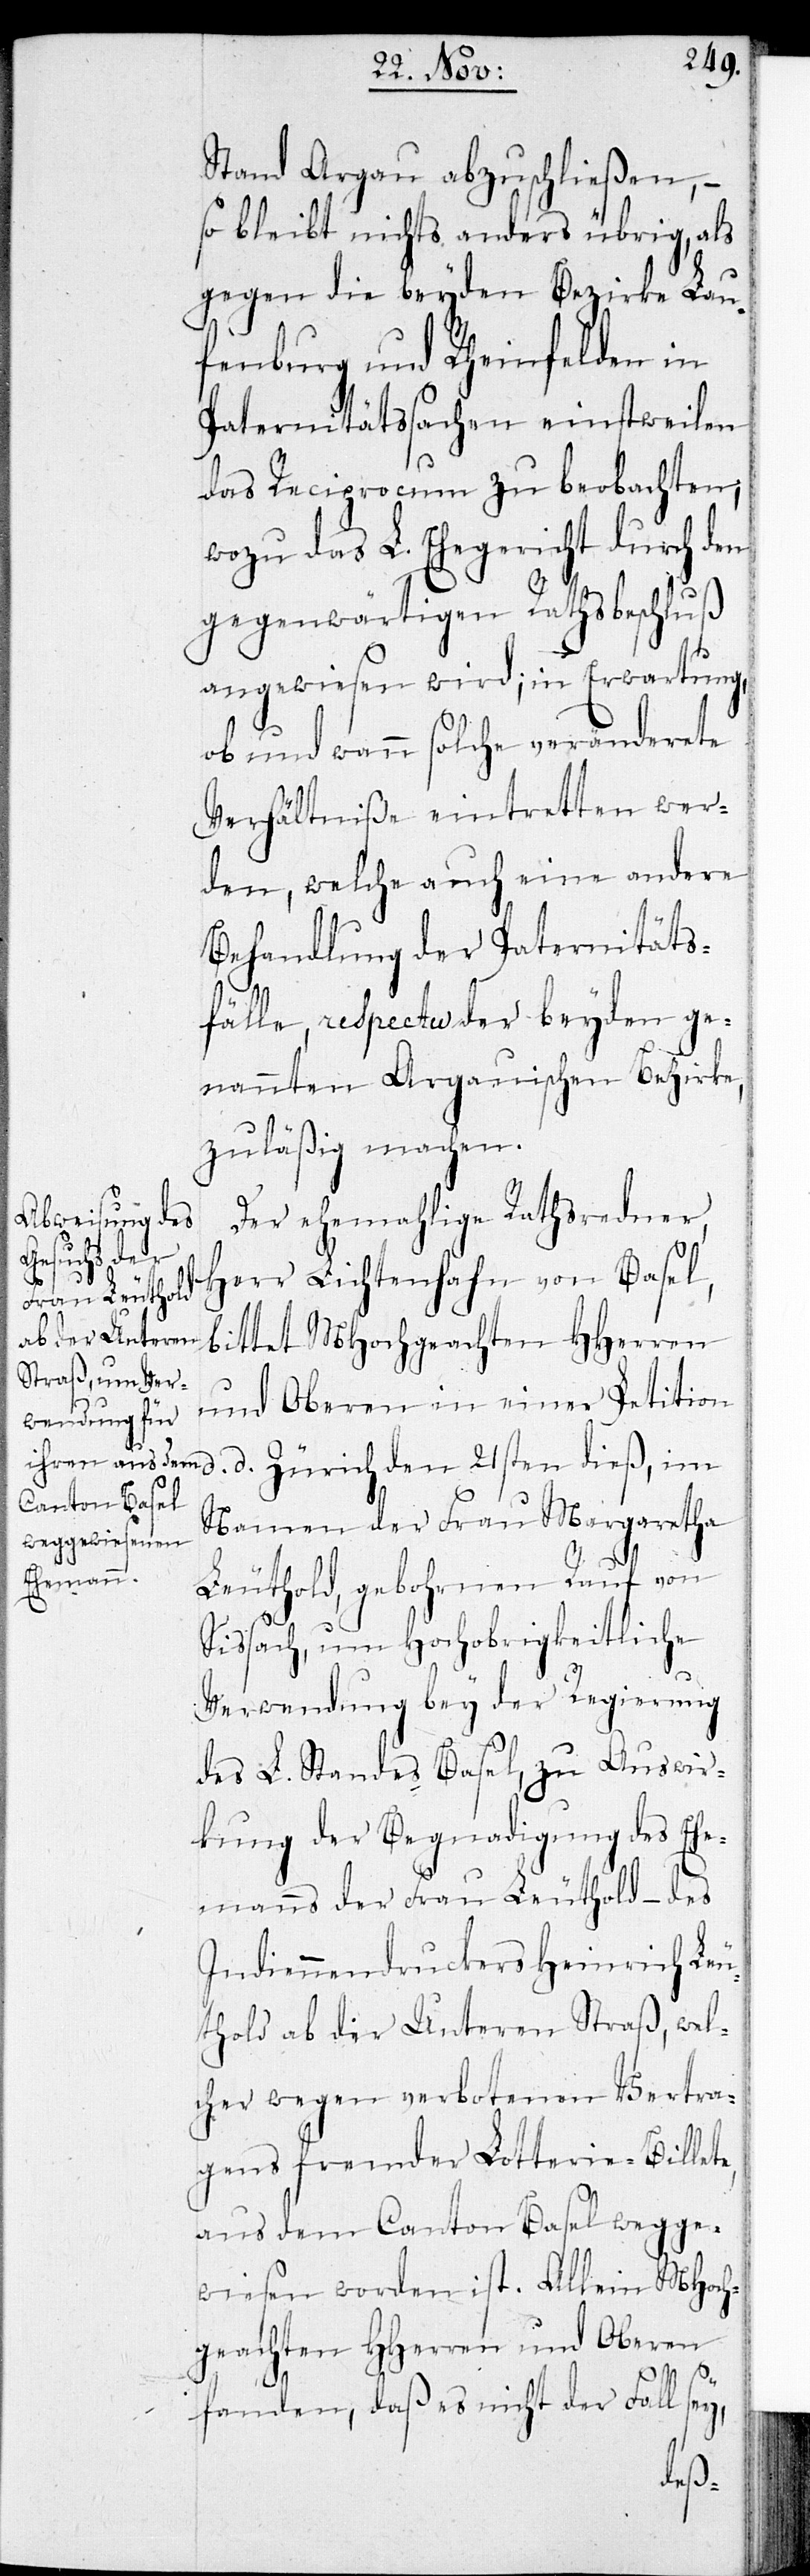
Stand Aargau abzuschließen, –
so bleibt nichts anders übrig, als
gegen die beyden Bezirke Lau¬
fenburg und Rheinfelden in
Paternitätssachen einstweilen
das Reciprocum zu beobachten,
wozu das L. Ehegericht durch den
gegenwärtigen Rathsbeschluß
angewiesen wird; in Erwartung,
ob und wann solche veränderete
Verhältniße eintretten wer¬
den, welche auch eine andere
Behandlung der Paternitäts¬
fälle, respectu der beyden ge¬
nannten Aargauischen Bezirke
zuläßig machen.
Der ehemalige Rathsredner
21sten
Herr Lichtenhahn von Basel,
bittet MHochgeachten HHerren
und Oberen in einer Petition
Namen der Frau Margaretha
Leuthold, gebohrnen Rauf von
Sissach, um Hochobrigkeitliche
Verwendung bey der Regierung
des L. Standes Basel, zu Auswir¬
kung der Begnadigung des Ehe¬
manns der Frau Leuthold – des
Indiennendruckers Heinrich Leu¬
thold ab der Unteren Straß, wel¬
cher wegen verbotenen Vertra¬
gens fremder Lotterie-Billete,
aus dem Canton Basel wegge¬
wiesen worden ist. Allein MHoch¬
geachten HHerren und Oberen
fanden, daß es nicht der Fall sey,
dieß,